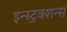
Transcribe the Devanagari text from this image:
इन्स्ट्रक्शन्स